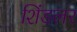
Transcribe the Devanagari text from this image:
शिंडलर